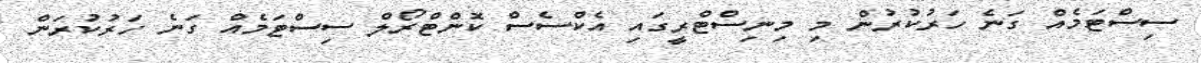
ސިސްޓަމެއް ގަނެ ހަރުކުރުން މި މިނިސްޓްރީގައި އެކްސެސް ކޮންޓްރޯލް ސިސްޓަމެއް ގަނެ ހަރުކުރަން